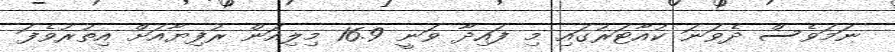
ނަމަވެސް ދެވަނަ ކުއާޓަރުގައި މި ފައިދާ ވަނީ 16.9 މިލިއަން ރުފިޔާއަށް އިތުރުވެފަ